Annual report on the Civil Veterinary Department, Burma (including the Insein Veterinary School) - 1910-1922
Year: 1910
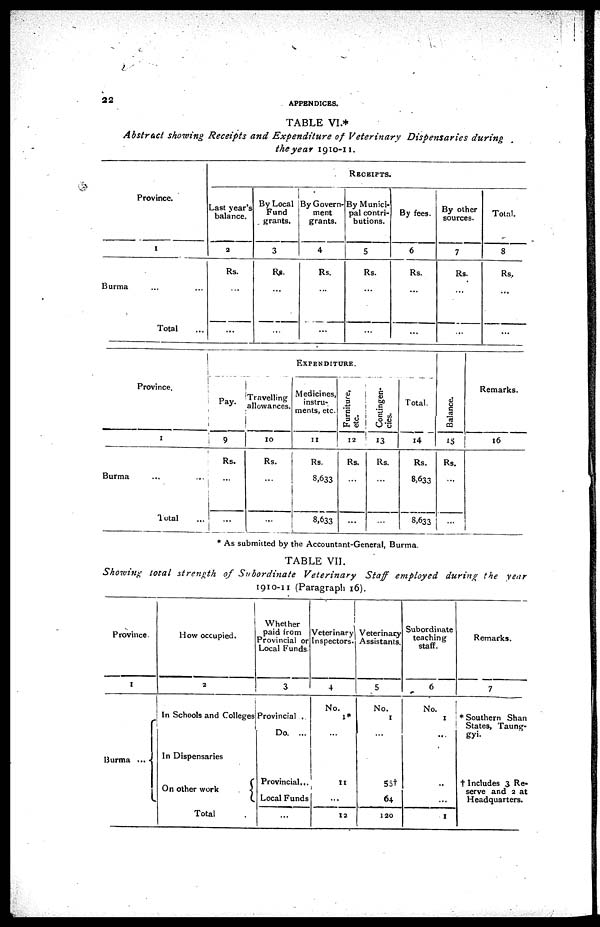
22
APPENDICES.
TABLE VI.*
Abstract showing Receipts and Expenditure
of Veterinary
Dispensaries
during
the year 1910-11.
Province.
1
Burma ... ...
Total ...
RECEIPTS.
Last year's
balance.
2
Rs.
...
...
By Local
Fund
grants,
3
Rs.
...
...
By Govern-
ment
grants.
4
Rs.
...
...
By Munici-
pal contri-
butions.
5
Rs.
...
...
By fees.
6
Rs.
...
...
By other
sources.
7
Rs.
...
...
Total.
3
Rs.
...
...
Province.
1
Burma ... ...
Total ...
EXPENDITURE.
Pay.
9
Rs.
...
...
Travelling
allowances.
10
Rs.
...
...
Medicines,
instru-
ments, etc.
11
Rs.
3,633
8,633
Furniture,
etc.
12
Rs.
...
...
Contingen-
cies.
13
Rs.
...
...
Total.
14
Rs.
8,633
8,633
Balance.
15
Rs.
...
...
Remarks.
16
i
* As submitted by the Accountant-General, Burma.
TABLE VII.
Showing total strength
of Subordinate
Veterinary
Staff employed during the year
1910-11 (Paragraph 16).
Province.
1
Burma ...
How occupied.
2
In Schools and Colleges
In Dispensaries
On other work
Total
Whether
paid from
Provincial or
Local Funds.
3
Provincial
Do. ...
Provincial ...
Local Funds
...
Veterinary
Inspectors.
4
No.
1*
...
11
...
12
Veterinary
Assistants.
5
No.
1
...
55†
64
120
Subordinate
teaching
staff.
6
No.
1
...
...
...
1
Remarks.
7
* Southern Shan
States, Taung-
gyi.
† Includes 3 Re-
serve and 2 at
Headquarters.